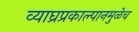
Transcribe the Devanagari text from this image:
व्याघ्रप्रकाल्पानमुळेच